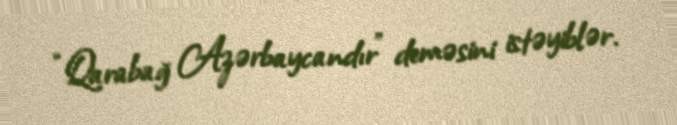
“Qarabağ Azərbaycandır” deməsini istəyiblər.